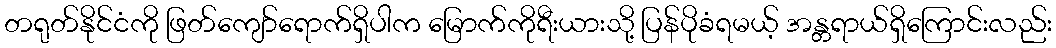
တရုတ်နိုင်ငံကို ဖြတ်ကျော်ရောက်ရှိပါက မြောက်ကိုရီးယားသို့ ပြန်ပိုခံရမယ့် အန္တရာယ်ရှိကြောင်းလည်း